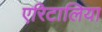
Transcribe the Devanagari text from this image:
एरिटालिया